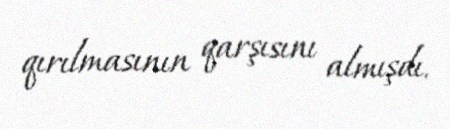
qırılmasının qarşısını almışdı.